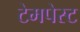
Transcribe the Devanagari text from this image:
टेमपेस्ट